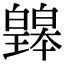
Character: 𤾲